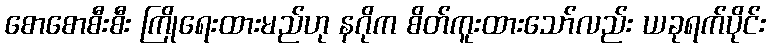
စောစောစီးစီး ကြိုရေးထားမည်ဟု နဂိုက စိတ်ကူးထားသော်လည်း ယခုရက်ပိုင်း